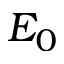
E _ { 0 }